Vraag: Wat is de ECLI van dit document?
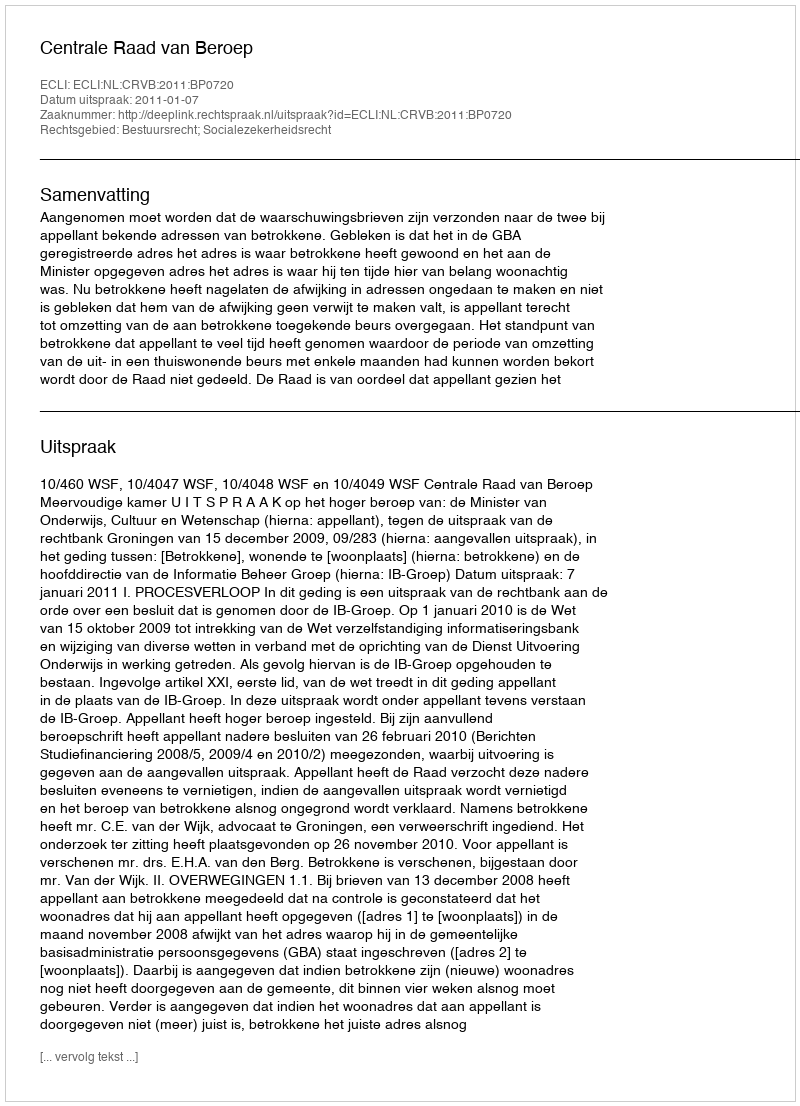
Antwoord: ECLI:NL:CRVB:2011:BP0720